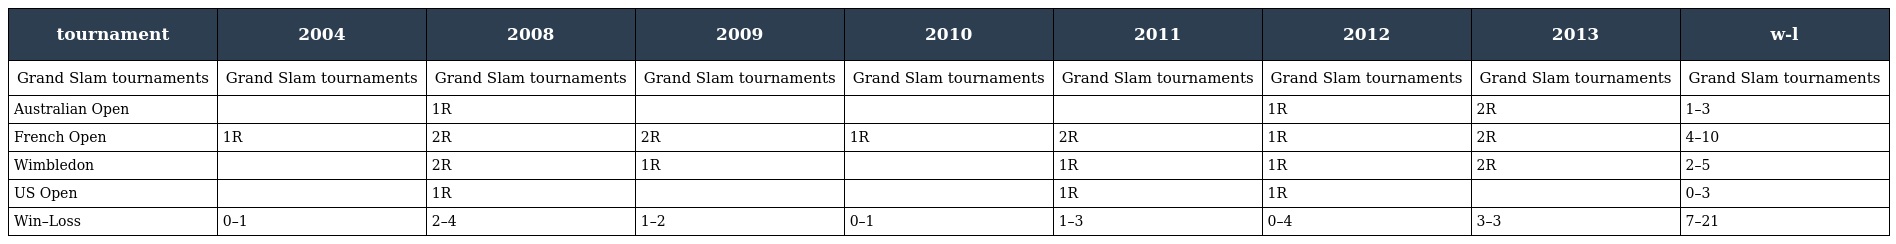
| tournament | 2004 | 2008 | 2009 | 2010 | 2011 | 2012 | 2013 | w-l |
 | --- | --- | --- | --- | --- | --- | --- | --- | --- |
 | Grand Slam tournaments | Grand Slam tournaments | Grand Slam tournaments | Grand Slam tournaments | Grand Slam tournaments | Grand Slam tournaments | Grand Slam tournaments | Grand Slam tournaments | Grand Slam tournaments |
 | Australian Open |  | 1R |  |  |  | 1R | 2R | 1–3 |
 | French Open | 1R | 2R | 2R | 1R | 2R | 1R | 2R | 4–10 |
 | Wimbledon |  | 2R | 1R |  | 1R | 1R | 2R | 2–5 |
 | US Open |  | 1R |  |  | 1R | 1R |  | 0–3 |
 | Win–Loss | 0–1 | 2–4 | 1–2 | 0–1 | 1–3 | 0–4 | 3–3 | 7–21 |